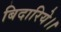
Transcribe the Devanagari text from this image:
बिदारिये।।